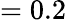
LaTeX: =0.2